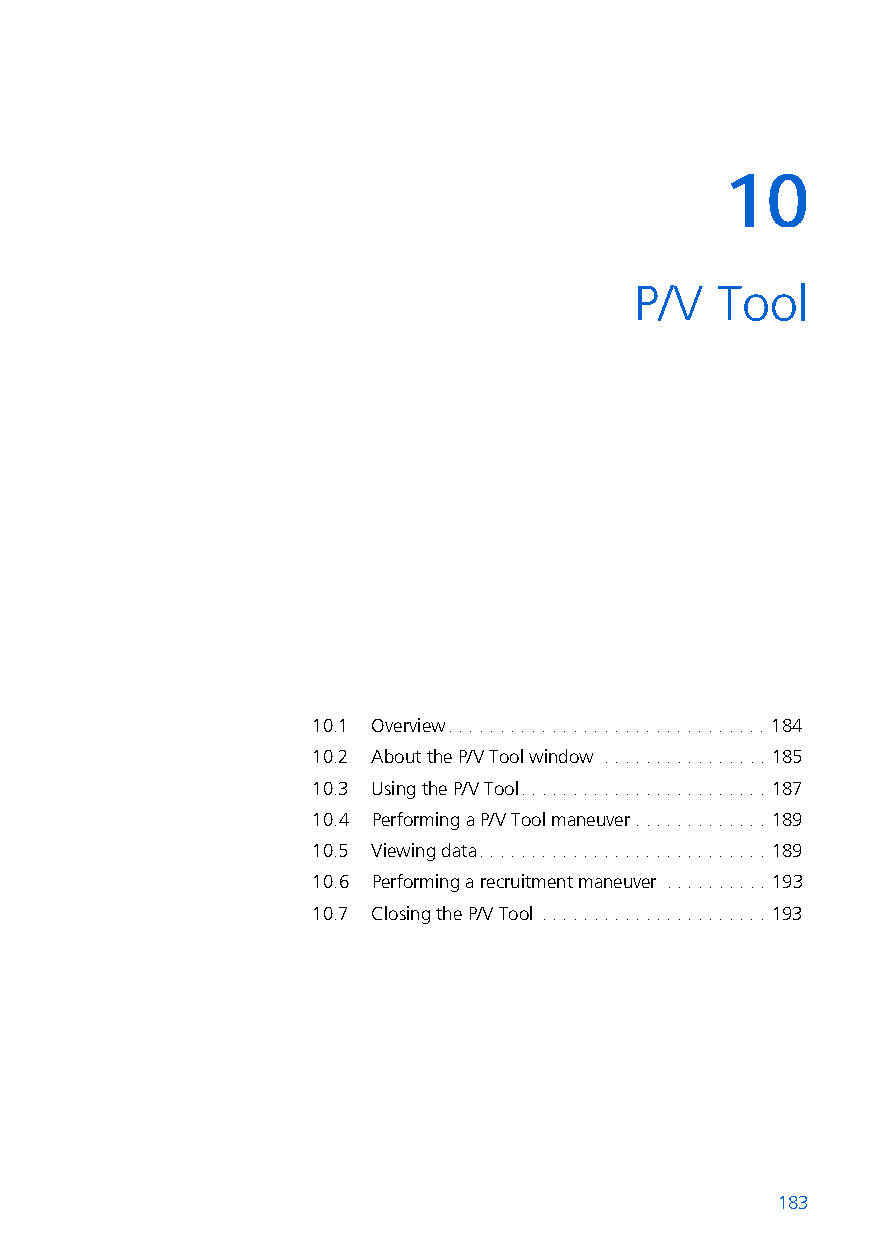
10
 10   P/V   Tool
 10.1 Overview. . . . . . . . . . . . . . . . . . . . . . . . . . . . . . . 184
 10.2 About the P/V Tool window . . . . . . . . . . . . . . . . 185
 10.3 Using the P/V Tool. . . . . . . . . . . . . . . . . . . . . . . . 187
 10.4 Performing a P/V Tool maneuver . . . . . . . . . . . . . 189
 10.5 Viewing data. . . . . . . . . . . . . . . . . . . . . . . . . . . . 189
 10.6 Performing a recruitment maneuver . . . . . . . . . . 193
 10.7 Closing the P/V Tool . . . . . . . . . . . . . . . . . . . . . . 193
 183